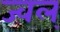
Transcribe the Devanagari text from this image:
ज्वल्